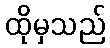
ထိုမှသည်